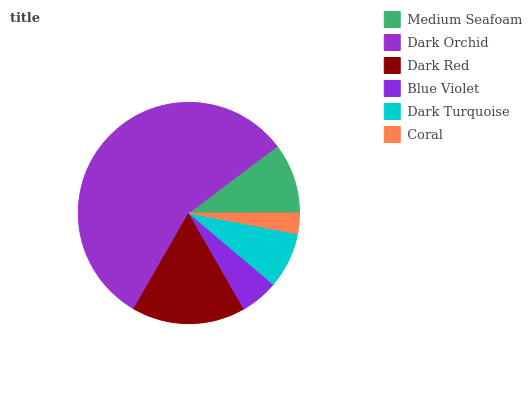
| Medium Seafoam | Dark Orchid | Dark Red | Blue Violet | Dark Turquoise | Coral |
 | --- | --- | --- | --- | --- | --- |
 | 10.3% | 56.4% | 16.6% | 5.54% | 8.16% | 3.03% |